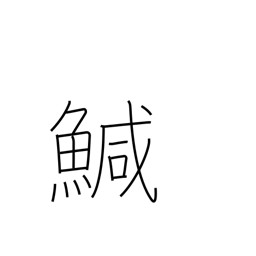
Meaning: turbot